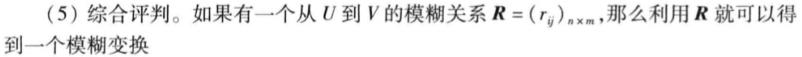
(5) 综合评判。如果有一个从 \(U\) 到 \(V\) 的模糊关系 \(\boldsymbol{R}=(r_{ij})_{n\times m}\)，那么利用 \(\boldsymbol{R}\) 就可以得到一个模糊变换